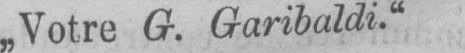
„Votre G. Garibaldi.“